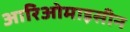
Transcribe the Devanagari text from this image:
आरिओमाइसीन